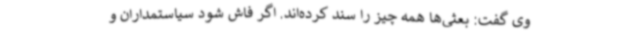
وی گفت: بعثی‌ها همه چیز را سند کرده‌اند. اگر فاش شود سیاستمداران و